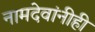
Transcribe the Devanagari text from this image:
नामदेवांनीही